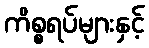
ကိစ္စရပ်များနှင့်